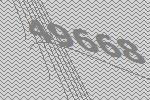
49668